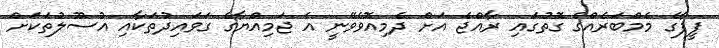
ފީފާގެ މެމްބަރެއްގެ ގޮތުގައި ރާއްޖެ އަށް ދެމިއޮވެވޭނީ އެ ޖަމިއްޔާގެ ގަވައިދުތަކާއި އުސޫލުތަކަށް